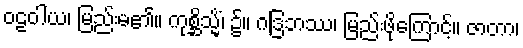
ဝဠဝါယ၊ မြည်းမ၏။ ကုစ္ဆိသ္မိံ၊ ၌။ ဂဒြဘဿ၊ မြည်းဖိုကြောင့်။ ဇာတာ၊